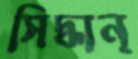
সিদ্ধান্